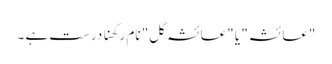
"عائشہ" یا "عائشہ گل" نام رکھنا درست ہے ۔